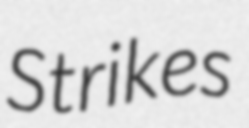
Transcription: Strikes